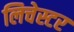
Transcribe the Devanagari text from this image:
लिचेस्टर